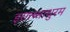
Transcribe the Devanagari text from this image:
इरात्त्य्माधुरम